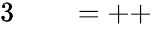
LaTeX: \begin{array}{rlrl}{{3}~}&{{}}&{=++}\end{array}